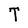
Character: T